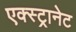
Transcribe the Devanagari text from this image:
एक्स्ट्रानेट